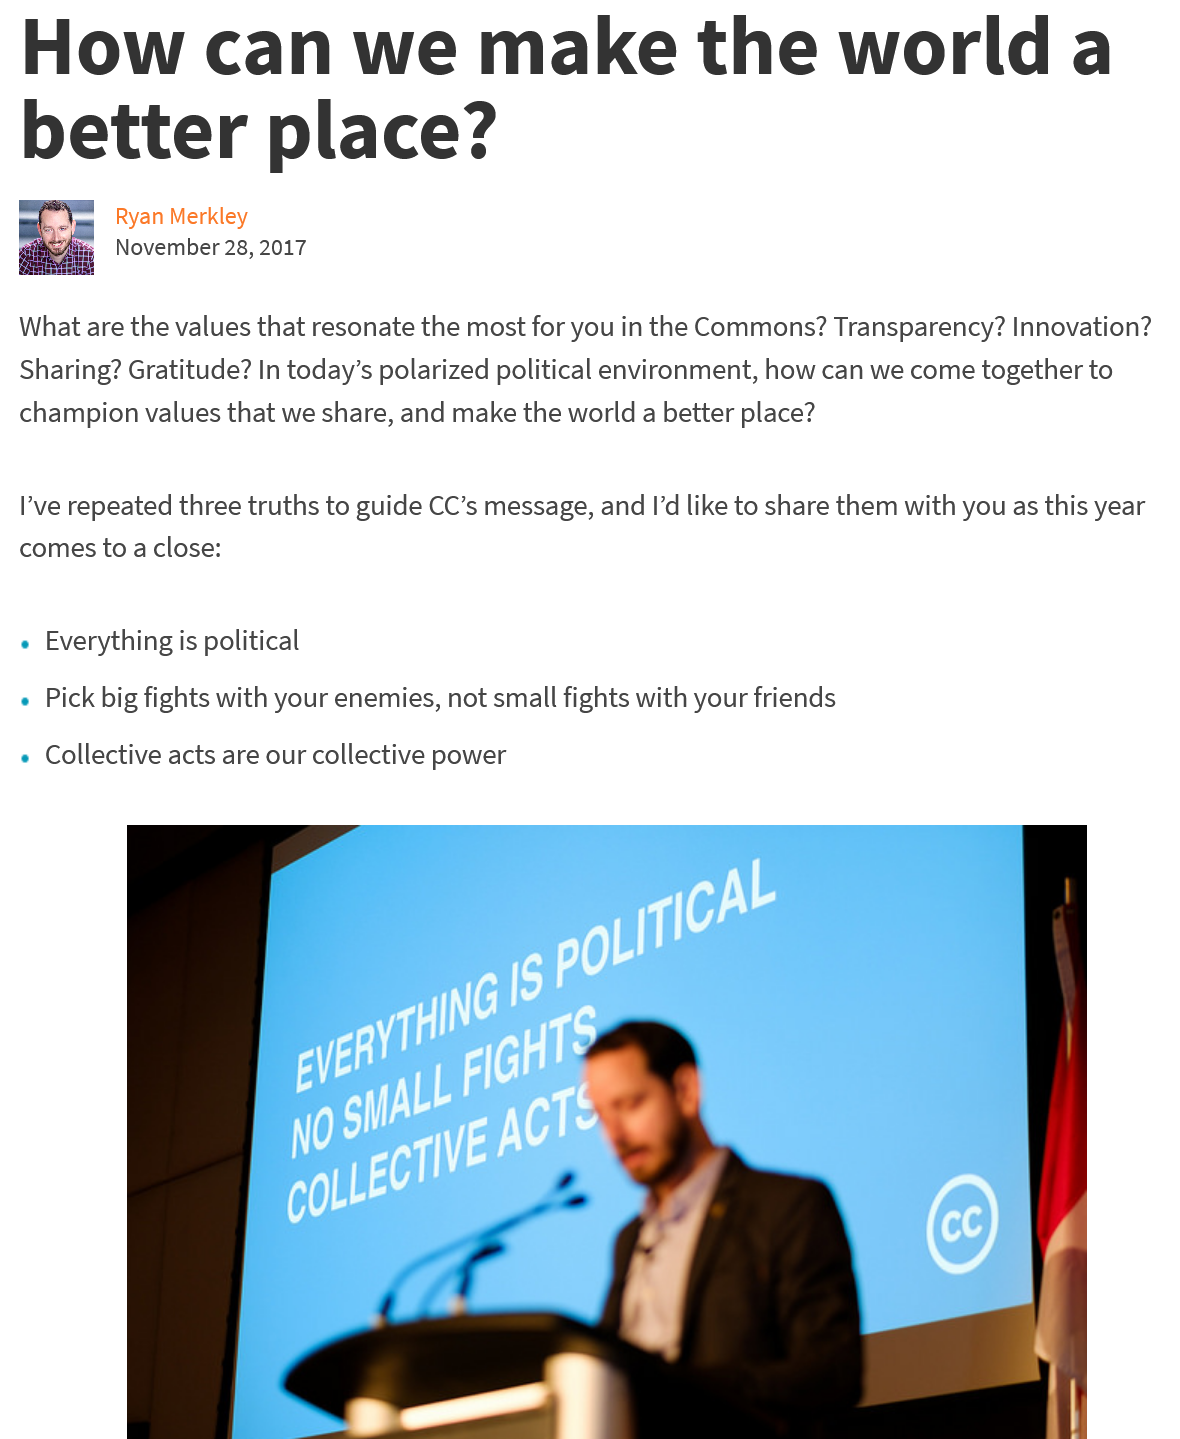
I’ve repeated three truths to guide CC’s message, and I’d like to share them with you as this year
  comes to a close:
  What are the values that resonate the most for you in the Commons? Transparency? Innovation?
  Sharing? Gratitude? In today’s polarized political environment, how can we come together to
  champion values that we share, and make the world a better place?
  How    can    we    make    the    world    a
  better    place?
     Ryan Merkley
     November 28, 2017
  « Everything is political
  «
    Pick big fights with your enemies, not small fights with your friends
  «
    Collective acts are our collective power